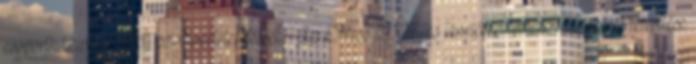
csoportházirend alapú szoftvertelepítéssel. Az Office 2007-es termékek felhasználónkénti telepítése